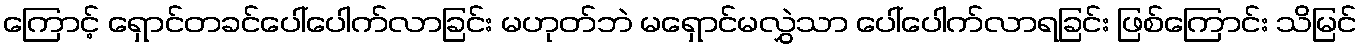
ကြောင့် ရှောင်တခင်ပေါ်ပေါက်လာခြင်း မဟုတ်ဘဲ မရှောင်မလွှဲသာ ပေါ်ပေါက်လာရခြင်း ဖြစ်ကြောင်း သိမြင်